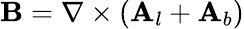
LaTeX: \mathbf{B}=\nabla\times(\mathbf{A}_{l}+\mathbf{A}_{b})